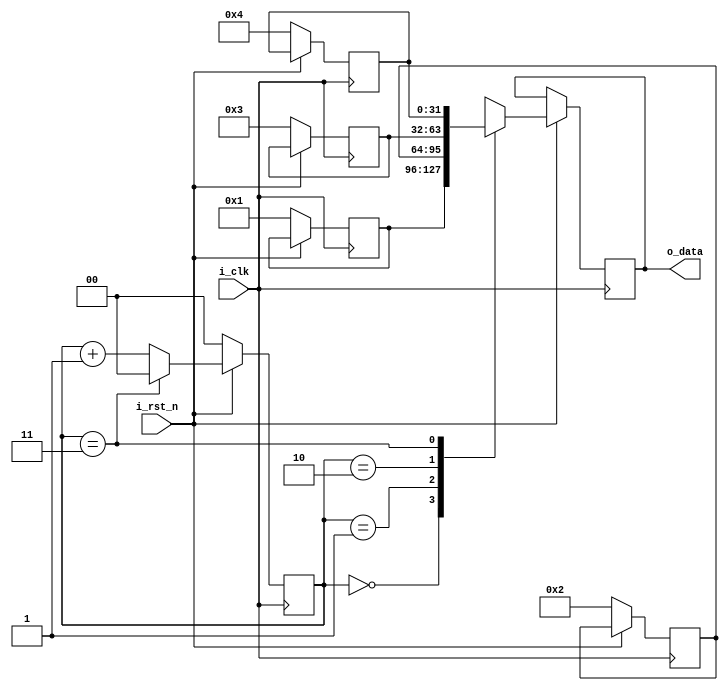
module opt_2(
    input                           i_clk,
    input                           i_rst_n,
    output reg [DATA_WIDTH - 1 : 0] o_data
);

    parameter ADDR_WIDTH = 2;
    parameter ADDR_COUNT = 1 << ADDR_WIDTH;
    parameter DATA_WIDTH = 32;

    reg [ADDR_WIDTH - 1 : 0] r_cnt;
    reg [DATA_WIDTH - 1 : 0] r_gpr[ADDR_COUNT - 1 : 0];

    integer i;

    always @(posedge i_clk) begin
        if (!i_rst_n) begin
            r_cnt <= 0;
            for (i = 0; i < ADDR_COUNT; i = i + 1) begin
                r_gpr[i] <= i + 1;
            end
        end
        else begin
            if (r_cnt == ADDR_COUNT - 1) begin
                r_cnt <= 0;
            end
            else begin
                r_cnt <= r_cnt + 1'b1;
            end
            o_data <= r_gpr[r_cnt];
        end
    end

endmodule